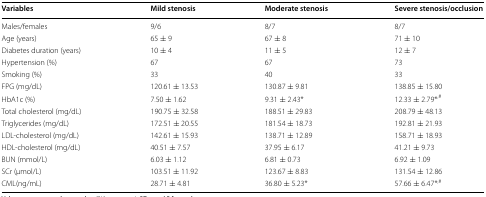
<table><thead><tr><td><b>Variables</b></td><td><b>Mild stenosis</b></td><td><b>Moderate stenosis</b></td><td><b>Severe stenosis/occlusion</b></td></tr></thead><tbody><tr><td>Males/females</td><td>9/6</td><td>8/7</td><td>8/7</td></tr><tr><td>Age (years)</td><td>65 ± 9</td><td>67 ± 8</td><td>71 ± 10</td></tr><tr><td>Diabetes duration (years)</td><td>10 ± 4</td><td>11 ± 5</td><td>12 ± 7</td></tr><tr><td>Hypertension (%)</td><td>67</td><td>67</td><td>73</td></tr><tr><td>Smoking (%)</td><td>33</td><td>40</td><td>33</td></tr><tr><td>FPG (mg/dL)</td><td>120.61 ± 13.53</td><td>130.87 ± 9.81</td><td>138.85 ± 15.80</td></tr><tr><td>HbA1c (%)</td><td>7.50 ± 1.62</td><td>9.31 ± 2.43*</td><td>12.33 ± 2.79*<sup>,#</sup></td></tr><tr><td>Total cholesterol (mg/dL)</td><td>190.75 ± 32.58</td><td>188.51 ± 29.83</td><td>208.79 ± 48.13</td></tr><tr><td>Triglycerides (mg/dL)</td><td>172.51 ± 20.55</td><td>181.54 ± 18.73</td><td>192.81 ± 21.93</td></tr><tr><td>LDL-cholesterol (mg/dL)</td><td>142.61 ± 15.93</td><td>138.71 ± 12.89</td><td>158.71 ± 18.93</td></tr><tr><td>HDL-cholesterol (mg/dL)</td><td>40.51 ± 7.57</td><td>37.95 ± 6.17</td><td>41.21 ± 9.73</td></tr><tr><td>BUN (mmol/L)</td><td>6.03 ± 1.12</td><td>6.81 ± 0.73</td><td>6.92 ± 1.09</td></tr><tr><td>SCr (μmol/L)</td><td>103.51 ± 11.92</td><td>123.67 ± 8.83</td><td>131.54 ± 12.86</td></tr><tr><td>CML(ng/mL)</td><td>28.71 ± 4.81</td><td>36.80 ± 5.23*</td><td>57.66 ± 6.47*<sup>,#</sup></td></tr></tbody></table>